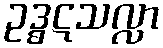
ဥဒ္ဓဋသလ္လာ